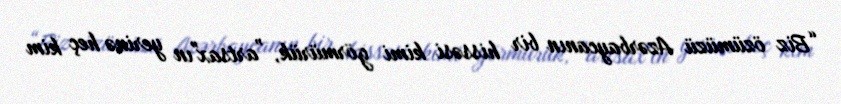
“Biz özümüzü Azərbaycanın bir hissəsi kimi görmürük, ”artsax"ın yerinə heç kim